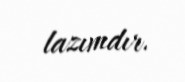
lazımdır.